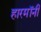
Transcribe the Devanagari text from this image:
हारमॉनी